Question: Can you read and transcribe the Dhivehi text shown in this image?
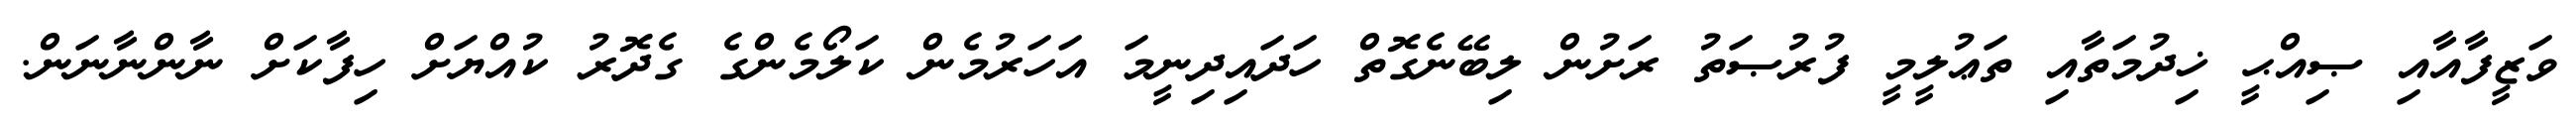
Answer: ވަޒީފާއާއި ޞިއްޙީ ޚިދުމަތާއި ތަޢުލީމީ ފުރުޞަތު ރަށުން ލިބޭނެގޮތް ހަދައިދިނީމަ އަހަރުމެން ކަލޯމެންގެ ގެދޮރު ކުއްޔަށް ހިފާކަށް ނާންނާނަން.